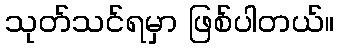
သုတ်သင်ရမှာ ဖြစ်ပါတယ်။